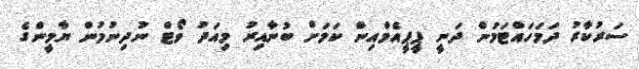
ސަރުކާރު ދަމަހައްޓަމުން ދަނީ ޕީޕީއެމްއިން ކަމަށް ބުނާއިރު މިއަދު ވޯޓް ނުދިނުމުން ޔާމީންގެ